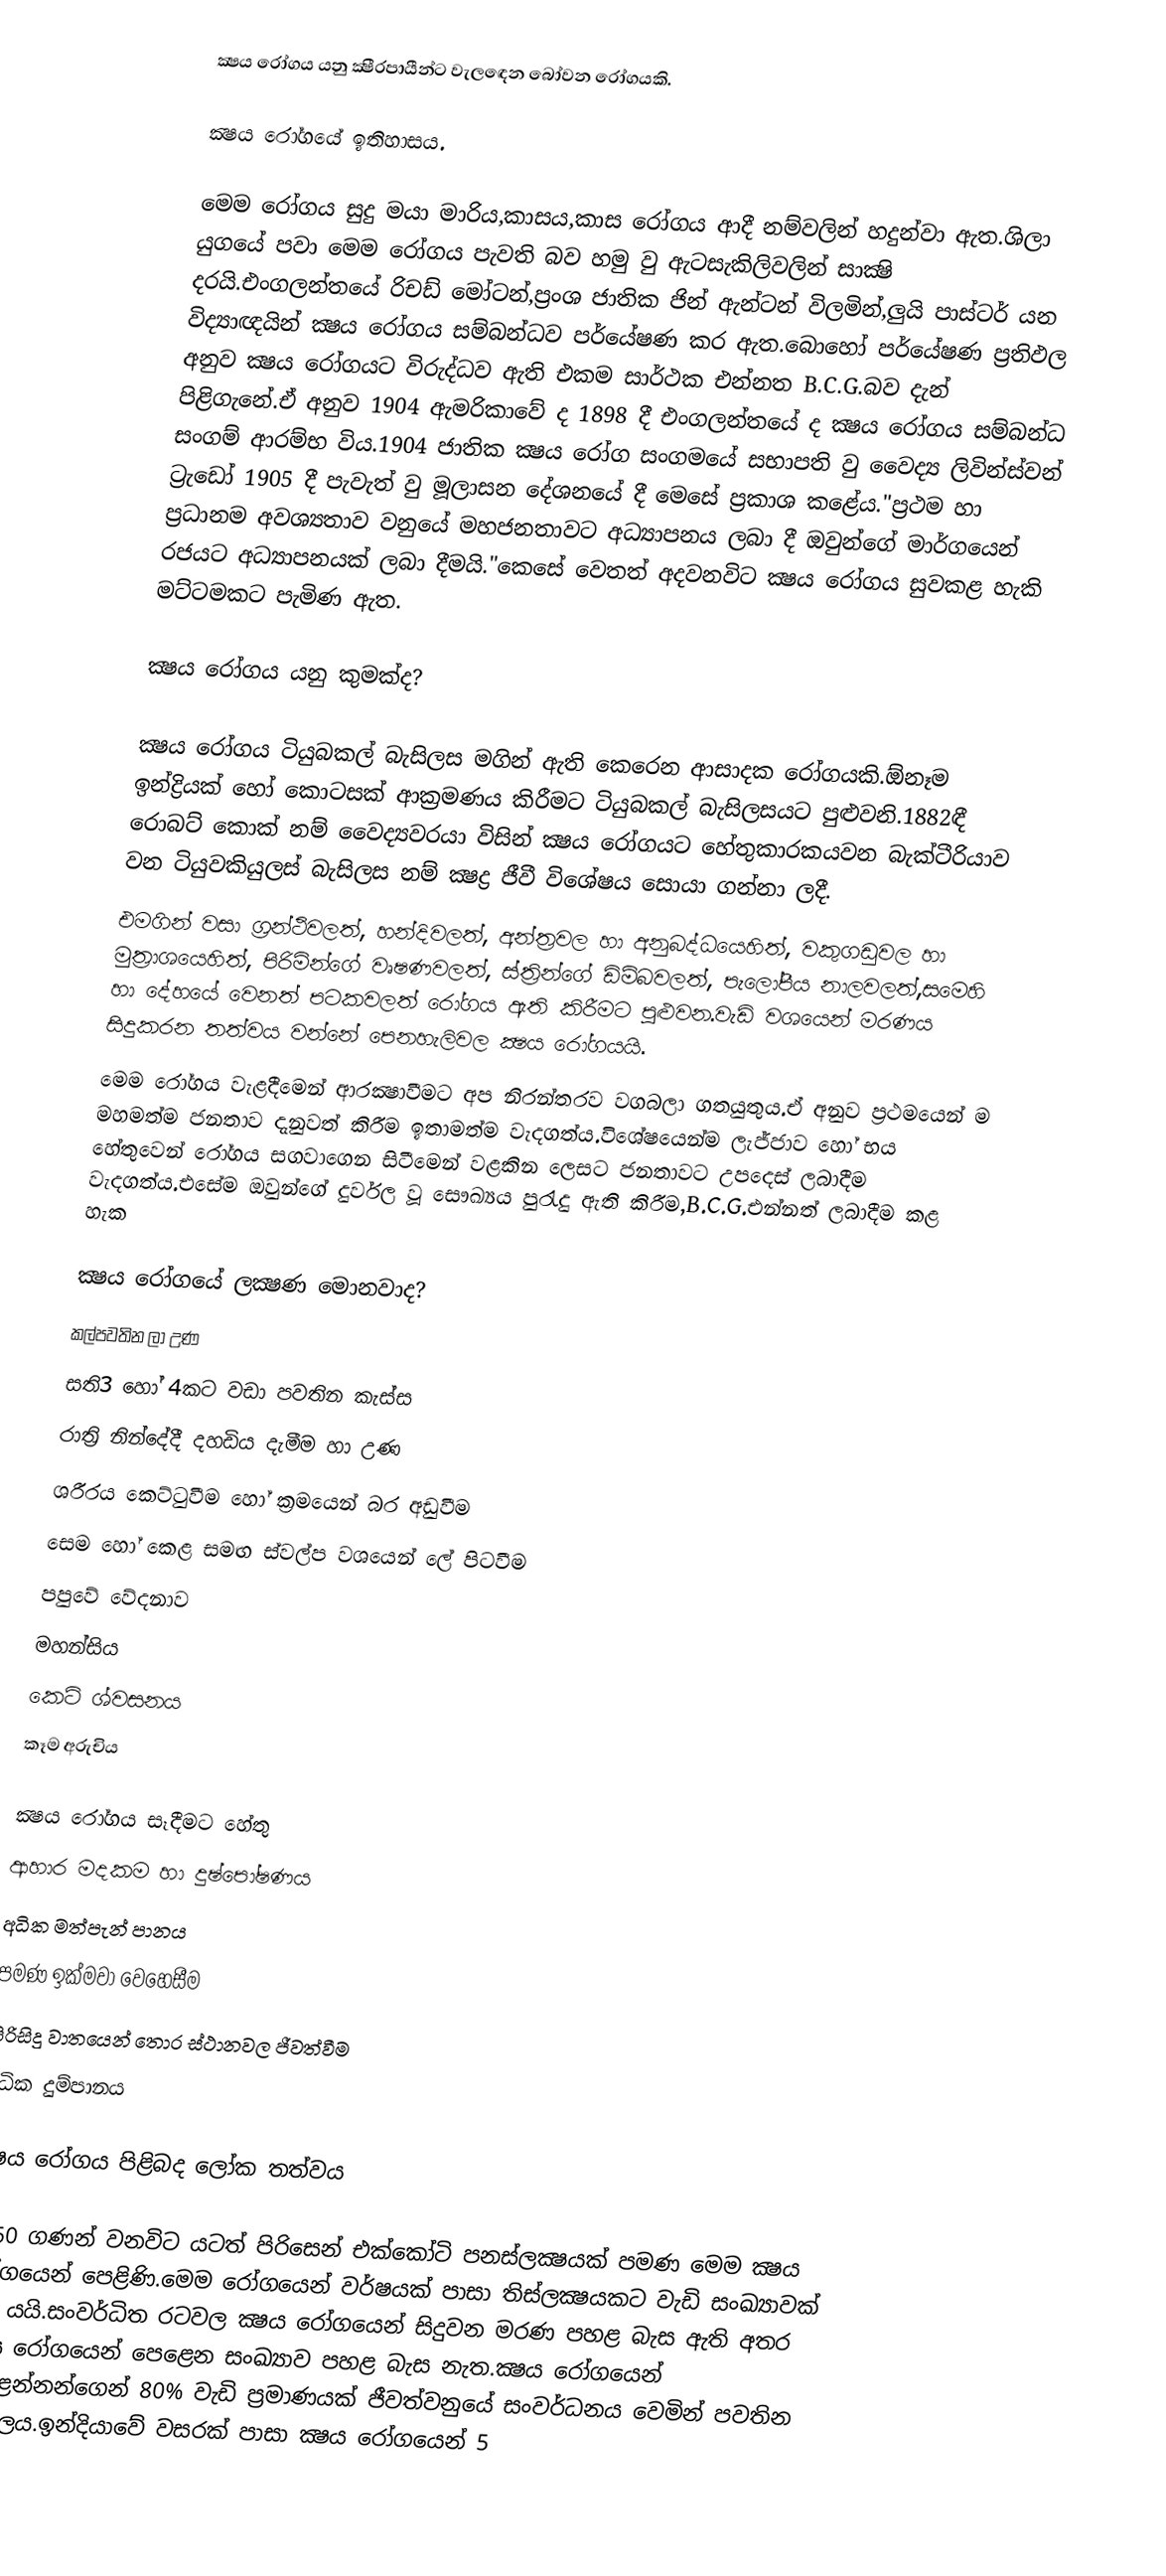
ක්‍ෂය රෝගය යනු ක්‍ෂීරපායීන්ට වැලඳෙන බෝවන රෝගයකි.

ක්‍ෂය රෝගයේ ඉතිහාසය.

මෙම රෝගය සුදු මයා මාරිය,කාසය,කාස රෝගය ආදී නම්වලින් හදුන්වා ඇත.ශිලා යුගයේ පවා මෙම රෝගය පැවති බව හමු වු ඇටසැකිලිවලින් සාක්‍ෂි දරයි.එංගලන්තයේ රිචඩ් මෝටන්,ප්‍රංශ ජාතික ජින් ඇන්ටන් විලමින්,ලුයි පාස්ටර් යන විද්‍යාඥයින් ක්‍ෂය රෝගය සම්බන්ධව පර්යේෂණ කර ඇත.බොහෝ පර්යේෂණ ප්‍රතිඵල අනුව ක්‍ෂය රෝගයට විරුද්ධව ඇති එකම සාර්ථක එන්නත B.C.G.බව දැන් පිළිගැනේ.ඒ අනුව 1904 ඇමරිකාවේ ද 1898 දී එංගලන්තයේ ද ක්‍ෂය රෝගය සම්බන්ධ සංගම් ආරම්භ විය.1904 ජාතික ක්‍ෂය රෝග සංගමයේ සභාපති වු වෛද්‍ය ලිවින්ස්වන් ට්‍රැඩෝ 1905 දී පැවැත් වු මූලාසන දේශන‍යේ දී මෙසේ ප්‍රකාශ කළේය."ප්‍රථම හා ප්‍රධානම අවශ්‍යතාව වනුයේ මහජනතාවට අධ්‍යාපනය ලබා දී ඔවුන්ගේ මාර්ගයෙන් රජයට අධ්‍යාපනයක් ලබා දීමයි."කෙසේ ‍වෙතත් අදවනවිට ක්‍ෂය රෝගය සුවකළ හැකි  මට්ටමකට පැමිණ ඇත.

ක්‍ෂය රෝගය යනු කුමක්ද?

	ක්‍ෂය රෝගය ටියුබකල් බැසිලස මගින් ඇති කෙරෙන ආසාදක රෝගයකි.ඕනෑම ඉන්ද්‍රියක් හෝ කොටසක් ආක්‍රමණය කිරීමට ටියුබකල් බැසිලසයට පුළුවනි.1882ඳී රොබට් කොක් නම් වෛද්‍යවරයා විසින් ක්‍ෂය රෝගයට හේතුකාරකයවන බැක්ටීරියාව වන ටියුවකියුලස් බැසිලස නම් ක්‍ෂද්‍ර ජීවී විශේෂය සොයා ගන්නා ලදී.
එමගින් වසා ග්‍රන්ථිවලත්, හන්දිවලත්, අන්ත්‍රවල හා අනුබද්ධයෙහිත්, වකුගඩුවල හා මුත්‍රාශ‍යෙහිත්, පිරිමින්ගේ වෘෂණවලත්, ස්ත්‍රින්ගේ ඩිම්බවලත්, පැලෝපීය නාලවලත්,සමෙහි හා දේහයේ වෙනත් පටකවලත් රෝගය ඇති කිරීමට පුළුවන.වැඩි වශයෙන් මරණය සිදුකරන තත්වය වන්නේ පෙනහැලිවල ක්‍ෂය රෝගයයි.
		මෙම රෝගය වැළදීමෙන් ආරක්‍ෂාවීමට අප නිරන්තරව වගබලා ගතයුතුය.ඒ අනුව ප්‍රථමයෙන් ම මහමත්ම ජනතාව දැනුවත් කිරීම ඉතාමත්ම වැදගත්ය.විශේෂයෙන්ම ලැජ්ජාව හෝ භය හේතුවෙන් රෝගය සගවාගෙන සිටීමෙන් වළකින ලෙසට ජනතාවට උපදෙස් ලබාදීම වැදගත්ය.එසේම ඔවුන්ගේ දුර්වල වූ සෞඛ්‍යය පුරැදු ඇති කිරීම,B.C.G.එන්නත් ලබාදීම කළ හැක

ක්‍ෂය රෝගයේ ලක්‍ෂණ මොනවාද?
 කල්පවතින ලා උණ
 සති3 හෝ 4කට වඩා පවතින කැස්ස
 රාත්‍රි නින්දේදී දහඩිය දැමීම හා උණ
 ශරීරය කෙට්ටුවීම හෝ ක්‍රමයෙන් බර අඩුවීම
 සෙම හෝ කෙළ සමඟ ස්වල්ප වශයෙන් ලේ පිටවීම
 පපුවේ වේදනාව
 මහන්සිය
 කෙටි ශ්වසනය
 කෑම අරුචිය

ක්‍ෂය රෝගය සෑදීමට හේතු
 ආහාර මදකම හා දුෂ්පෝෂණය
 අධික මත්පැන් පානය
 පමණ ඉක්මවා වෙහෙසීම
 පිරිසිදු වාතයෙන් තොර ස්ථානවල ජීවත්වීම
 අධික දුම්පානය

ක්‍ෂය රෝගය පිළිබද ලෝක තත්වය

	1960 ගණන් වනවිට යටත් පිරිසෙන් එක්කෝටි පනස්ලක්‍ෂයක් පමණ මෙ‍ම ක්‍ෂය රෝගයෙන් පෙළිණි.මෙ‍ම රෝගයෙන් වර්ෂයක් පාසා තිස්ලක්‍ෂයකට වැඩි සංඛ්‍යාවක් මිය යයි.සංවර්ධිත රටවල ක්‍ෂය රෝගයෙන් සිදුවන මරණ පහළ බැස ඇති අතර ක්‍ෂය රෝගයෙන් පෙළෙන සංඛ්‍යාව පහළ බැස නැත.ක්‍ෂය රෝගයෙන් පෙළෙන්නන්ගෙන් 80% වැඩි ප්‍රමාණයක් ජීවත්වනුයේ සංවර්ධනය වෙමින් පවතින රටවලය.ඉන්දියාවේ වසරක් පාසා ක්‍ෂය රෝගයෙන් 5